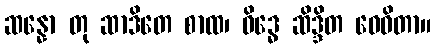
ဆန္နော တု ဆာဒိတေ စာထ၊ ဝိဒ္ဓေ ဆိဒ္ဒိတ ဝေဓိတာ။